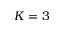
K = 3